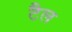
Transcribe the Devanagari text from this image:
टैल